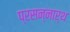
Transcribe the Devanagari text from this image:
प्रसन्नार्थ